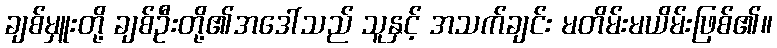
ချစ်မှူးတို့ ချစ်ဦးတို့၏အဒေါ်သည် သူနှင့် အသက်ချင်း မတိမ်းမယိမ်းဖြစ်၏။